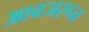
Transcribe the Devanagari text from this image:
आवजरून